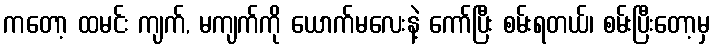
ကတော့ ထမင်း ကျက်, မကျက်ကို ယောက်မလေးနဲ့ ကော်ပြီး စမ်းရတယ်၊ စမ်းပြီးတော့မှ